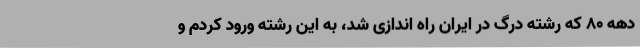
دهه 80 که رشته درگ در ایران راه اندازی شد، به این رشته ورود کردم و